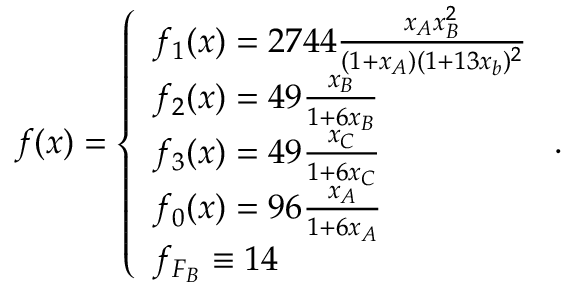
f ( x ) = \left\{ \begin{array} { l l } { f _ { 1 } ( x ) = 2 7 4 4 \frac { x _ { A } x _ { B } ^ { 2 } } { ( 1 + x _ { A } ) ( 1 + 1 3 x _ { b } ) ^ { 2 } } } \\ { f _ { 2 } ( x ) = 4 9 \frac { x _ { B } } { 1 + 6 x _ { B } } } \\ { f _ { 3 } ( x ) = 4 9 \frac { x _ { C } } { 1 + 6 x _ { C } } } \\ { f _ { 0 } ( x ) = 9 6 \frac { x _ { A } } { 1 + 6 x _ { A } } } \\ { f _ { F _ { B } } \equiv 1 4 } \end{array} \right. .